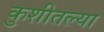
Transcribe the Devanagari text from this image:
कुशीतल्या